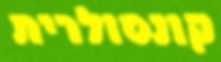
קונסולרית